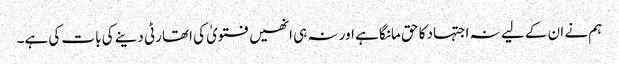
ہم نے ان کے لیے نہ اجتہاد کا حق مانگا ہے اور نہ ہی انھیں فتویٰ کی اتھارٹی دینے کی بات کی ہے۔